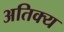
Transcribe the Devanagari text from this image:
अतिक्य